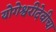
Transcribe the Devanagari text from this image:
योगेश्वरीदेवीचा